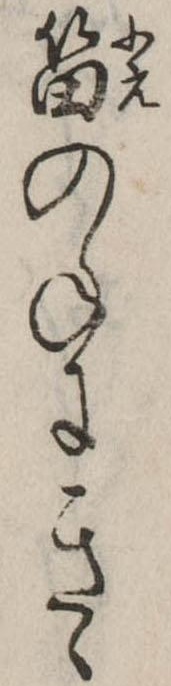
笛のねにきゝ